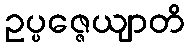
ဥပ္ပဇ္ဇေယျာတိ